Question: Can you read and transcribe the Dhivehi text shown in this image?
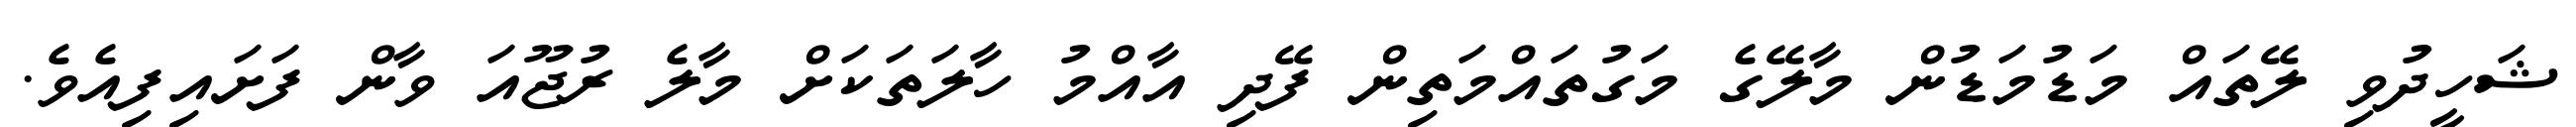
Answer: ޝަހީދުވި ލޭތައް މަޑުމަޑުން މާލޭގެ މަގުތައްމަތިން ފޭދި އާއްމު ހާލަތަކަށް މާލެ ރުޖޫއަ ވާން ފަށައިފިއެވެ.